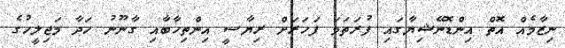
ނިޒާމެއް އޮތް އިންޑޮނޭޝިޔާގައި ފުރަތަމަ ފަހަރަށް ރިޔާސީ އިންތިހާބާއި ގާނޫނު ހަދާ މަޖިލީހުގެ